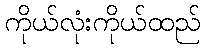
ကိုယ်လုံးကိုယ်ထည်